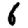
Digit: 6